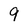
Character: 9